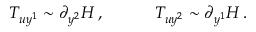
T _ { u y ^ { 1 } } \sim \partial _ { y ^ { 2 } } H \, , \quad \quad \quad T _ { u y ^ { 2 } } \sim \partial _ { y ^ { 1 } } H \, .